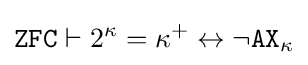
{\texttt {ZFC}}\vdash 2^{\kappa }=\kappa ^{+}\leftrightarrow \neg {\texttt {AX}}_{\kappa }